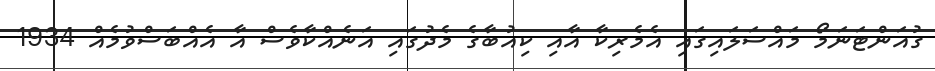
ގުއަންޓަނަމޯ މައްސަލައިގައި އެމެރިކާ އާއި ކިއުބާގެ މެދުގައި އަނެއްކާވެސް އާ އެއްބަސްވުމެއް 1934